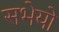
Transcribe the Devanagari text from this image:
सभेयो